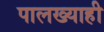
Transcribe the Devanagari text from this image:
पालख्याही